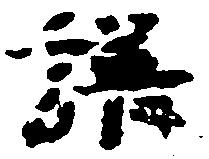
譜